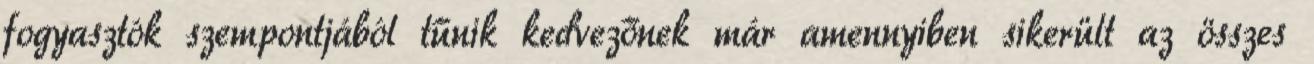
fogyasztók szempontjából tűnik kedvezőnek már amennyiben sikerült az összes